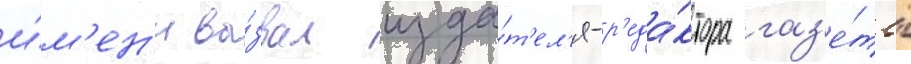
и́м'ен'и вы́звал изда́т'ел'я-р'еда́ктора газ'е́ты